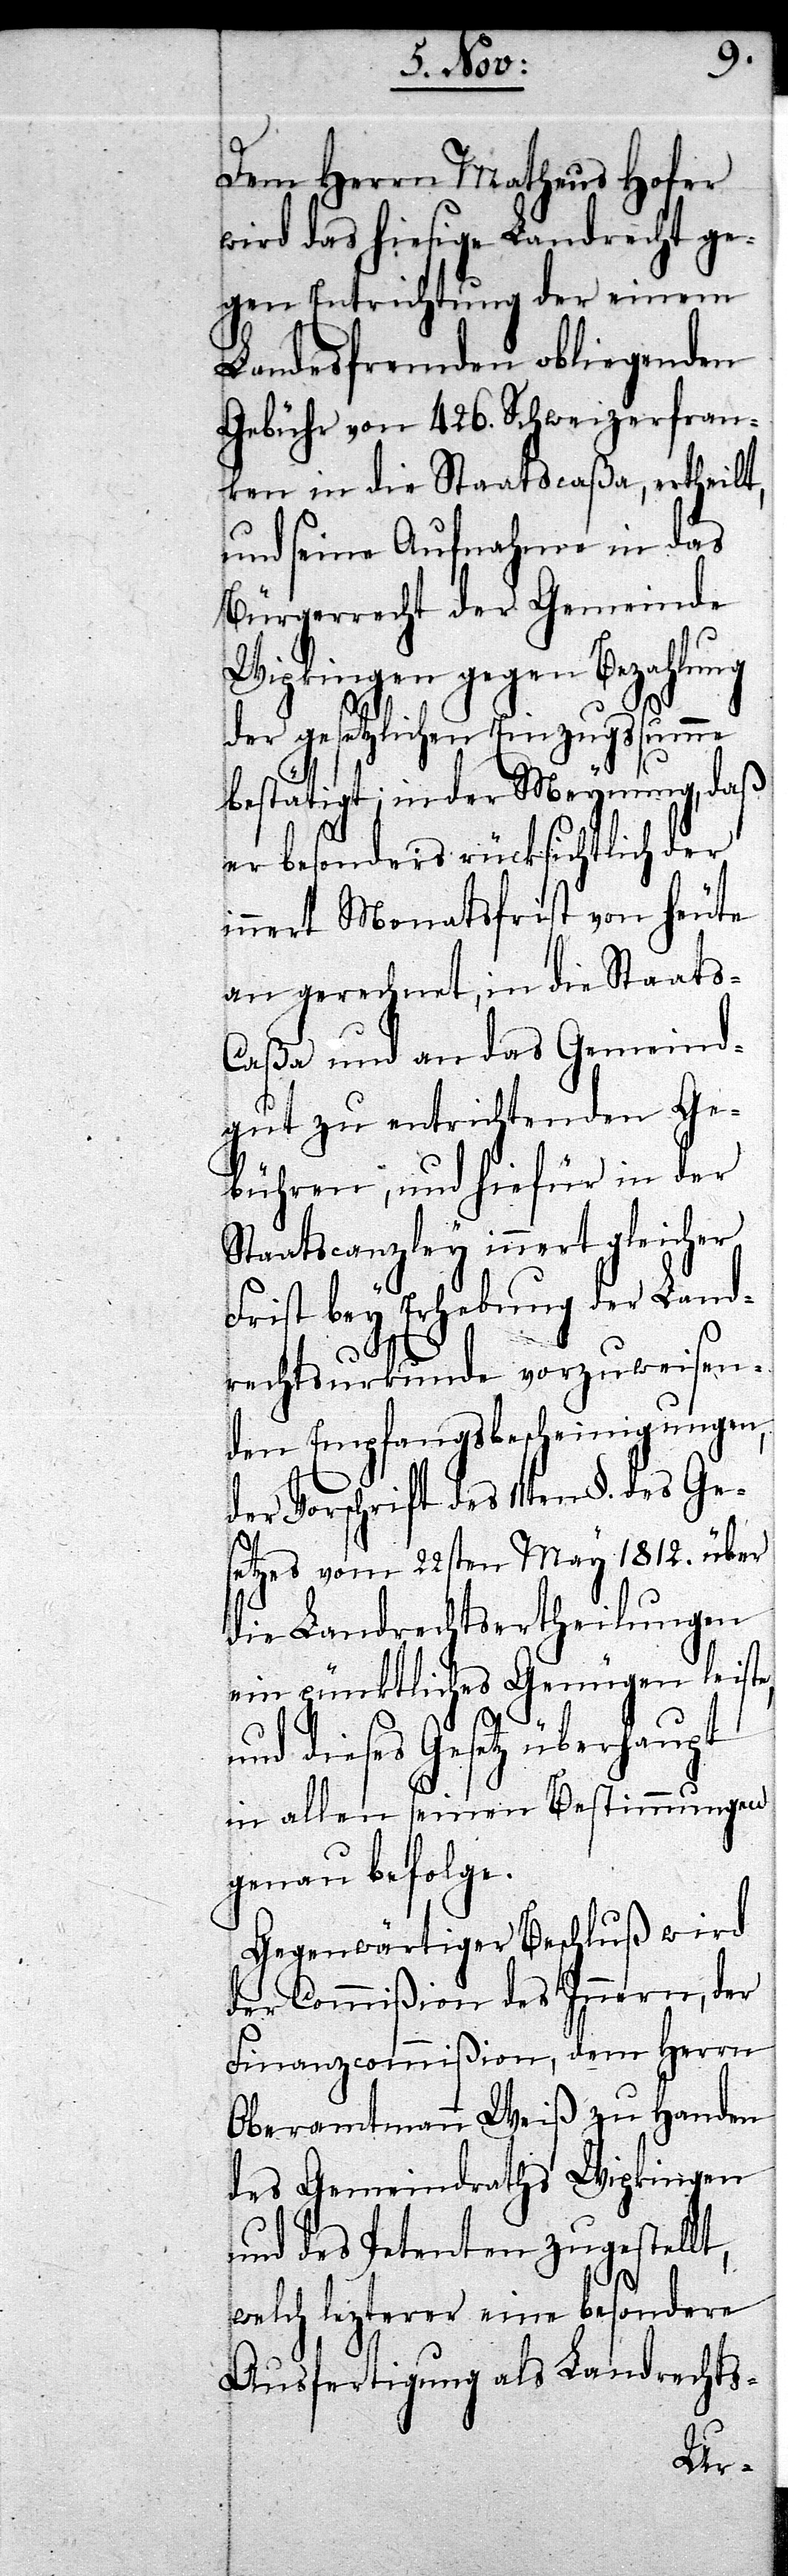
sichtlich
Dem Herrn Matheus Hof¬
wird das hiesige Landrecht ge¬
gen Entrichtung der
Landesfremden
Gebühr von 426. Schwe¬
ken in die Staatsca¬
ßa,
und seine Aufnahme
Bürgerrecht der Ge¬
meinde
Wipkingen gegen
der gesetzlichen Einz¬
estellt,
bestätigt, in der Mey¬
nung,
er besonders rück¬
innert Monatsfrist von heute
an gerechnet, in die Staat¬
s-Caßa und an das Gemeind¬
gut zu entrichtenden Ge¬
bühren, und hiefür in der
Staatscanzley innert gleicher
Frist bey Erhebung der Lan¬
drechturkunde vorzuweisen¬
den Empfangsbescheinigungen,
der Vorschrift des 11ten §. des Ge¬
setzes vom 22sten May 1812.
die Landrechtserth¬
ein pünktliches Genügen
und dieses Gesetz über¬
in allen seinen Bestim¬
genau befolge.
Gegenwärtiger Be¬
der Commißion
Finanzcommißion,
Oberamtmann
des Gemeindraths
und des Petenten zug¬
welch letzterer eine
Ausfertigung als Landrechts-